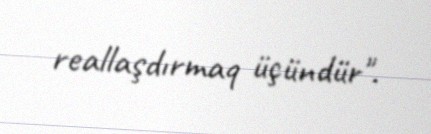
reallaşdırmaq üçündür".